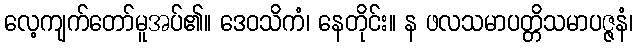
လေ့ကျက်တော်မူအပ်၏။ ဒေဝသိကံ၊ နေတိုင်း။ န ဖလသမာပတ္တိသမာပဇ္ဇနံ၊